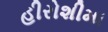
હીરોશીમા